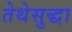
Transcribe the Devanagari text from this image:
तेथेसुद्धा